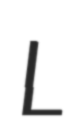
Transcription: L